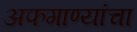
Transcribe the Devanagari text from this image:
अफगाण्यांचा